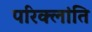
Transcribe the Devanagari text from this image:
परिक्लांति